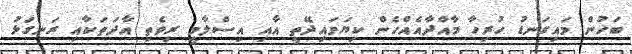
ބަހުން މައިގަނޑު ހުރިހާ މާއްދާއެއްހެން ކިޔަވައިދޭތީ އާއި އިސްލާމީ ރިވެތި އާދަތަކާއި ރަނގަޅު